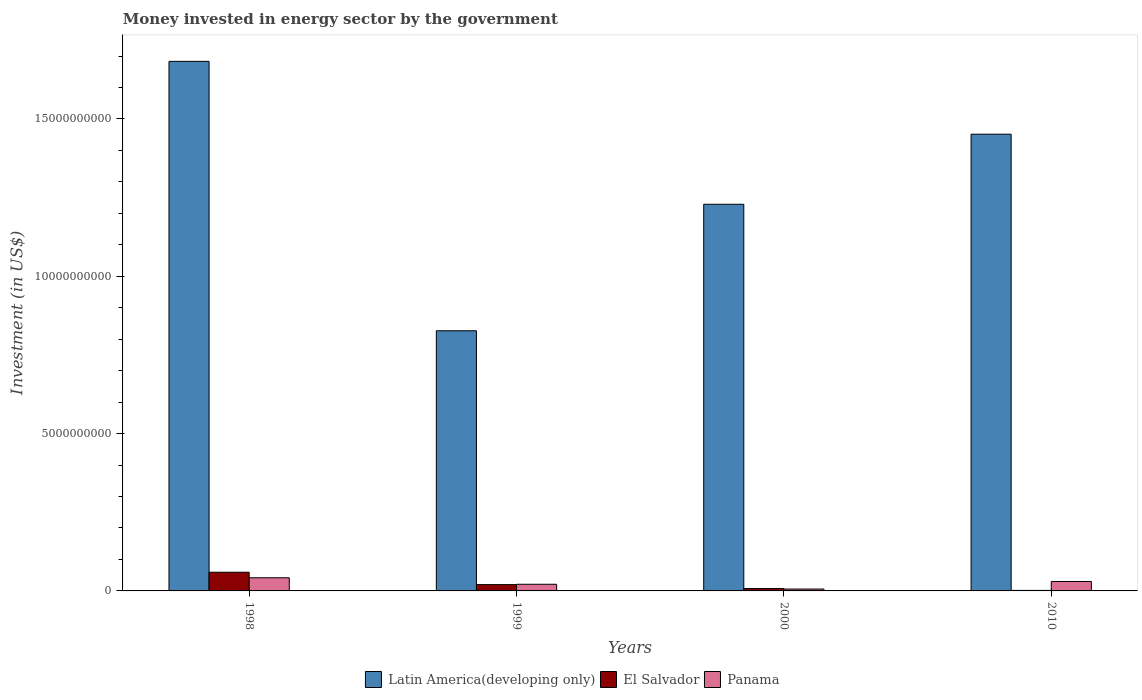
| Years | Latin America(developing only) | El Salvador | Panama |
 | --- | --- | --- | --- |
 | 1998 | 1.68e+10 | 5.94e+08 | 4.18e+08 |
 | 1999 | 8.27e+09 | 2e+08 | 2.11e+08 |
 | 2000 | 1.23e+10 | 7.5e+07 | 5.98e+07 |
 | 2010 | 1.45e+10 | 1.6e+07 | 3e+08 |